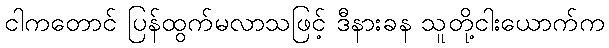
ငါကတောင် ပြန်ထွက်မလာသဖြင့် ဒီနားခန သူတို့ငါးယောက်က